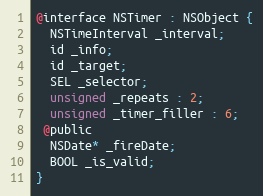
Language: C
@interface NSTimer : NSObject {
  NSTimeInterval _interval;
  id _info;
  id _target;
  SEL _selector;
  unsigned _repeats : 2;
  unsigned _timer_filler : 6;
 @public
  NSDate* _fireDate;
  BOOL _is_valid;
}